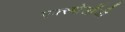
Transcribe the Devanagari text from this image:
एक्स्पोलॉजी